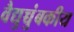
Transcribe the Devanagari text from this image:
वैद्युच्चुंबकीय